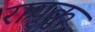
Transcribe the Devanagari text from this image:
रायुकु